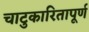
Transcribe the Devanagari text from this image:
चाटुकारितापूर्ण